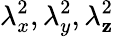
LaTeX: \lambda_{x}^{2},\lambda_{y}^{2},\lambda_{\mathbf{z}}^{2}